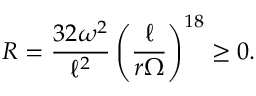
R = \frac { 3 2 \omega ^ { 2 } } { \ell ^ { 2 } } \left( \frac { \ell } { r \Omega } \right) ^ { 1 8 } \ge 0 .